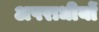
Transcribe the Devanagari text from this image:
अपराधीयों